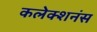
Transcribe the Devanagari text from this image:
कलेक्शनंस